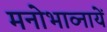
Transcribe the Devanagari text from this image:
मनोभाव्नायें